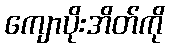
ကျောပိုးအိတ်ကို